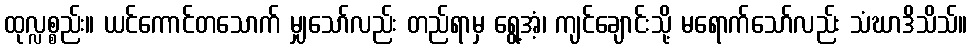
ထုလ္လစ္စည်း။ ယင်ကောင်တသောက် မျှသော်လည်း တည်ရာမှ ရွေ့အံ့၊ ကျင်ချောင်းသို့ မရောက်သော်လည်း သံဃာဒိသိသ်။